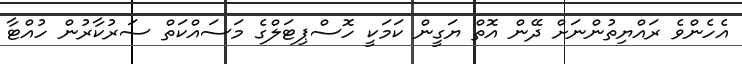
އެހެންވެ ރައްޔިތުންނަށް ދޭން އޮތް ޔަގީން ކަމަކީ ހޮސްޕިޓަލްގެ މަސައްކަތް ސަރުކާރުން ހުއްޓާ